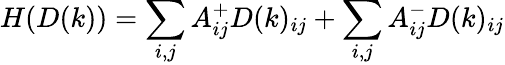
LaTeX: H(D(k))=\sum_{i,j}A_{ij}^{+}D(k)_{ij}+\sum_{i,j}A_{ij}^{-}D(k)_{ij}